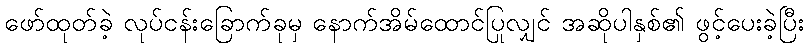
ဖော်ထုတ်ခဲ့ လုပ်ငန်းခြောက်ခုမှ နောက်အိမ်ထောင်ပြုလျှင် အဆိုပါနှစ်၏ ဖွင့်ပေးခဲ့ပြီး